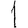
Digit: 1